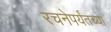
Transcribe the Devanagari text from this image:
रचनेपर्यंतच्या